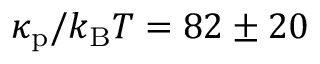
\kappa _ { \mathrm { p } } / k _ { \mathrm { B } } T = 8 2 \pm 2 0